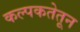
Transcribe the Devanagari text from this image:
कल्पकतेतून